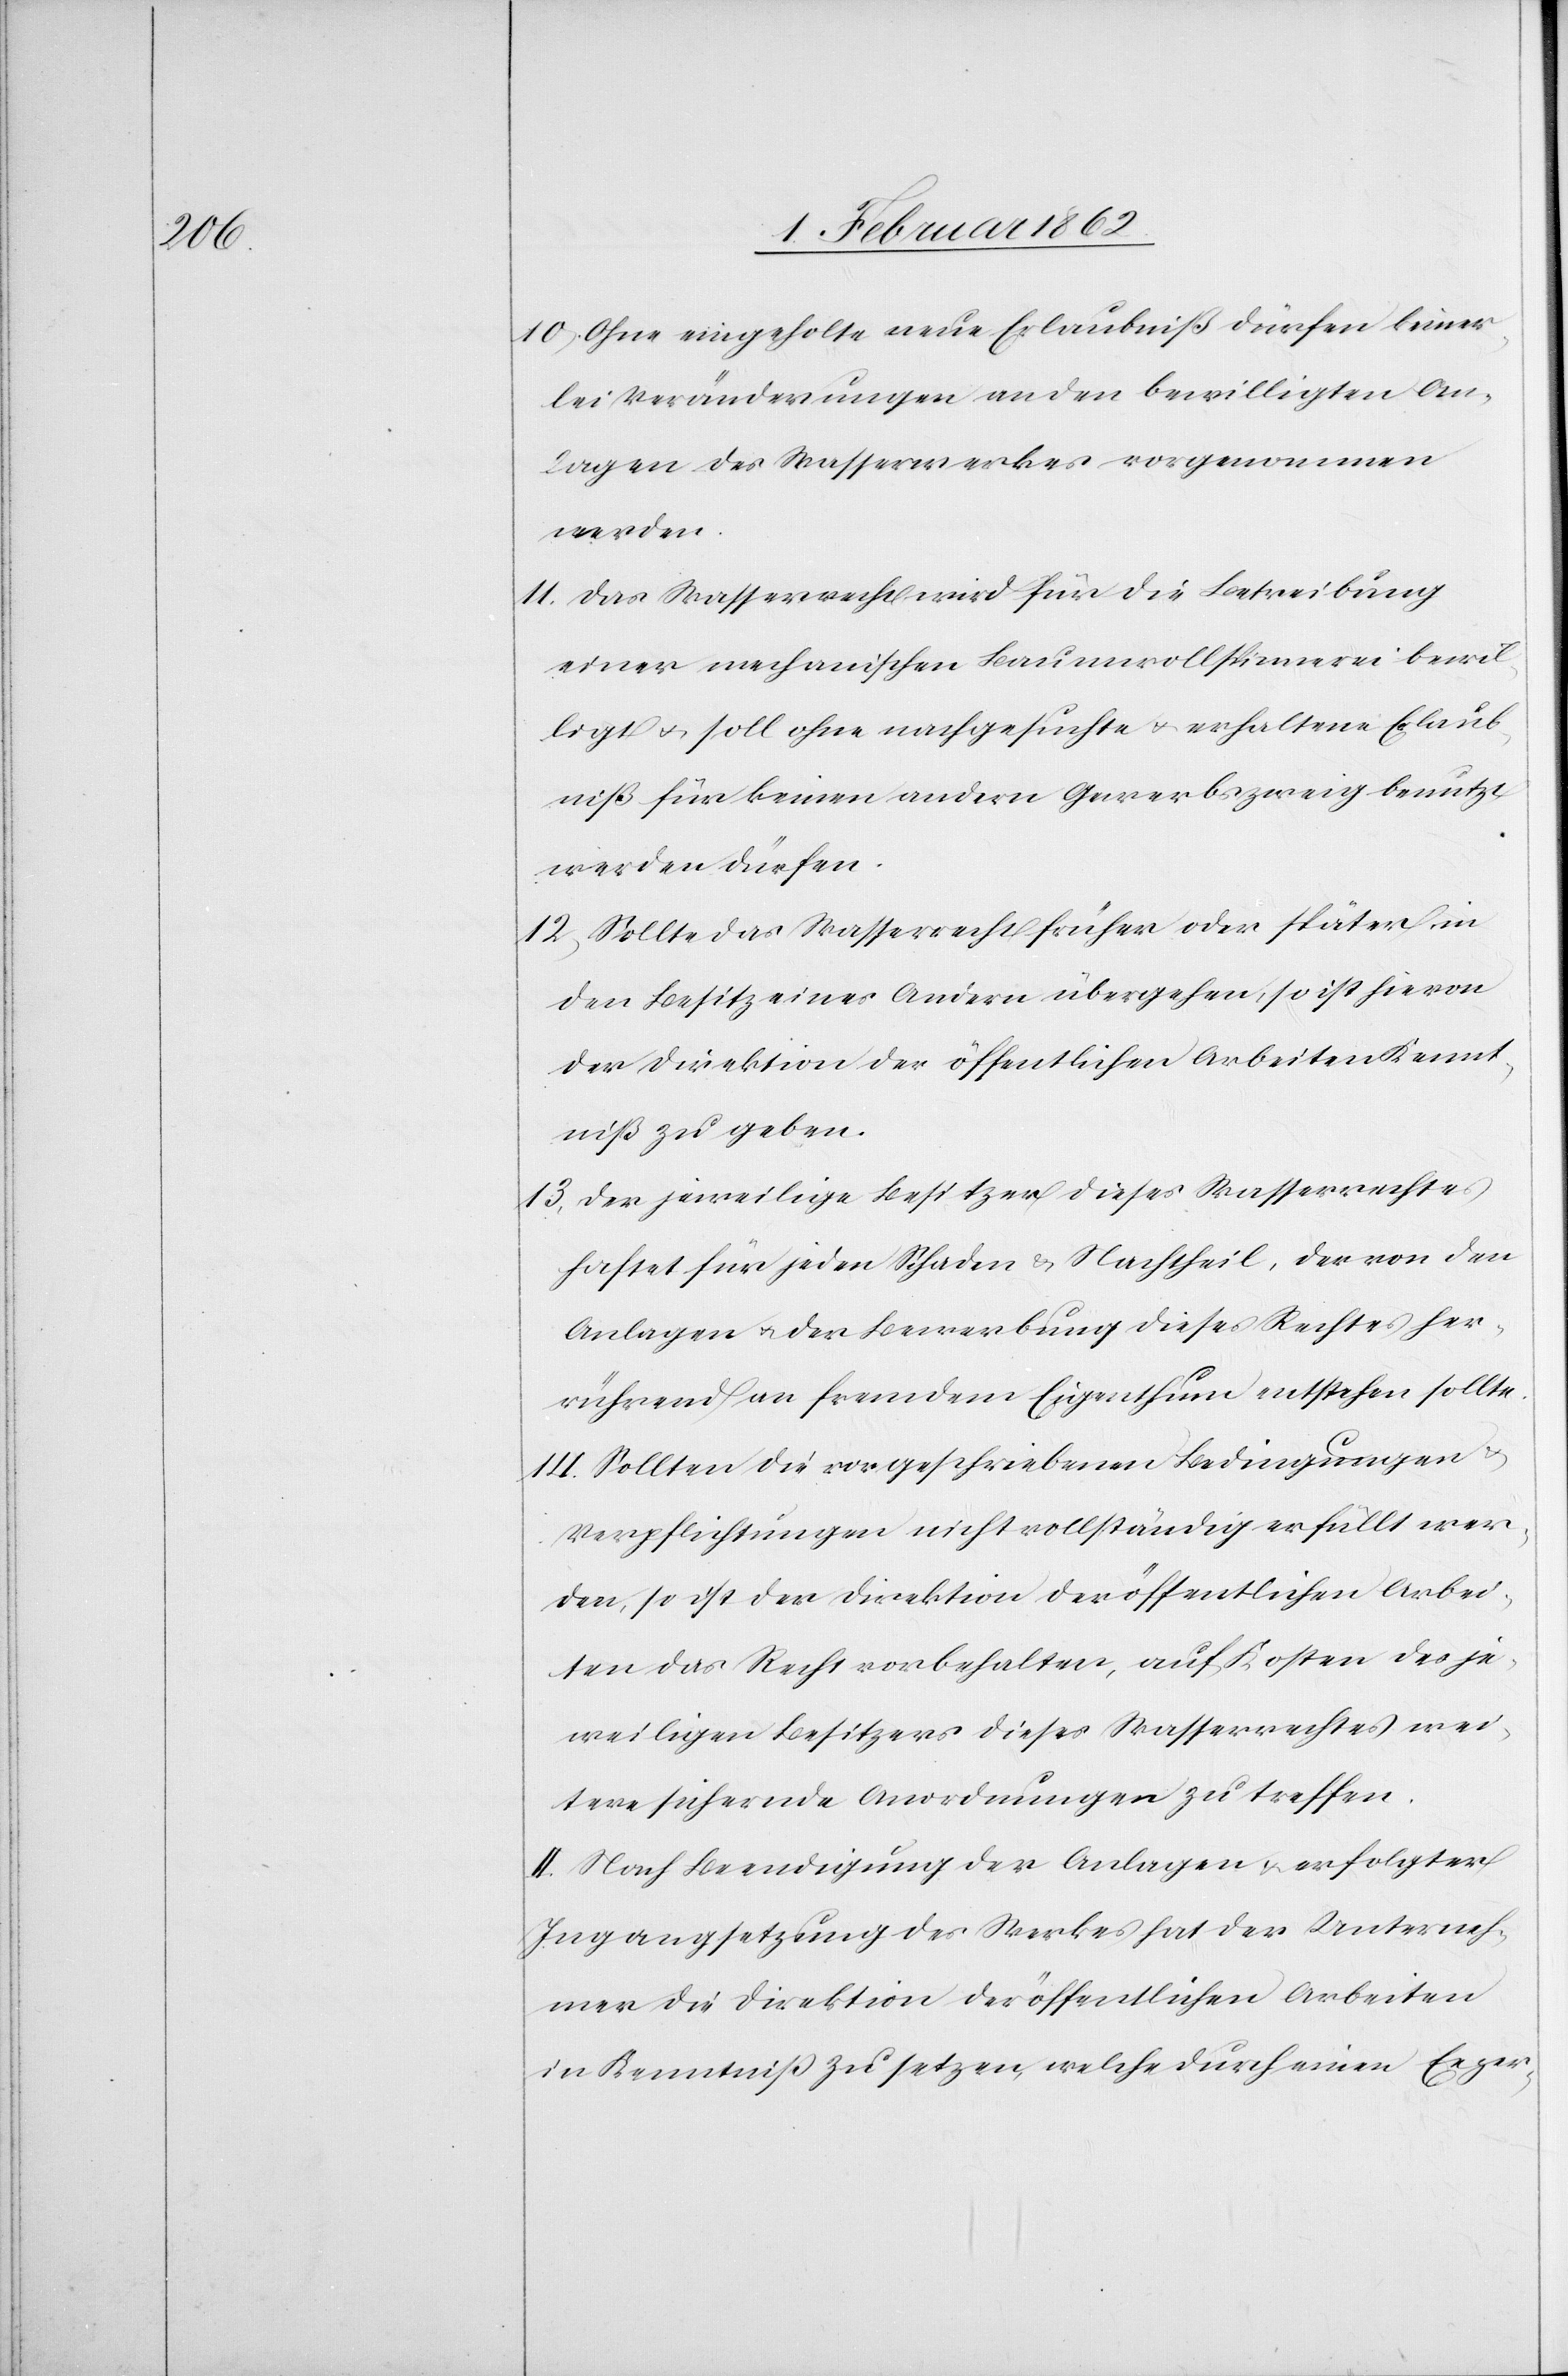
10) Ohne eingeholte neue Erlaubniß dürfen keiner¬
lei Veränderungen an den bewilligten An¬
lagen des Wasserwerkes vorgenommen
werden.
11) Das Wasserrecht wird für die Betreibung
einer mechanischen Baumwollspinnerei bewil¬
ligt u. soll ohne nachgesuchte u. erhaltene Erlaub¬
niß für keinen andern Gewerbszweig benutzt
werden dürfen.
12) Sollte das Wasserrecht früher oder später in
den Besitz eines Andern übergehen, so ist hievon
der Direktion der öffentlichen Arbeiten Kennt¬
niß zu geben.
13) Der jeweilige Besitzer dieses Wasserrechtes
haftet für jeden Schaden & Nachtheil, der von den
Anlagen u. der Bewerbung dieses Rechtes her¬
rührend an fremdem Eigenthum entstehen sollte.
14) Sollten die vorgeschriebenen Bedingungen
Verpflichtungen nicht vollständig erfüllt wer¬
den, so ist der Direktion der öffentlichen Arbei¬
ten das Recht vorbehalten, auf Kosten des je¬
weiligen Besitzers dieses Wasserrechtes wei¬
tere sichernde Anordnungen zu treffen.
II. Nach Beendigung der Anlagen & erfolgter
Ingangsetzung des Werkes hat der Unterneh¬
mer die Direktion der öffentlichen Arbeiten
in Kenntniß zu setzen, welche durch einen Exper-